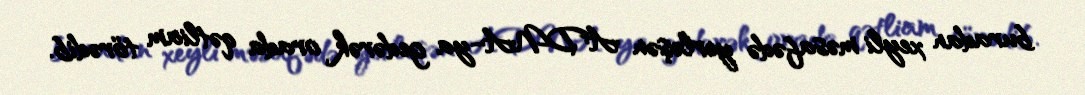
buradan xeyli məsafədə yerləşən ADNA-ya gedərək orada qətliam törədib.